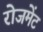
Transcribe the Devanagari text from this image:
रोजमेंट